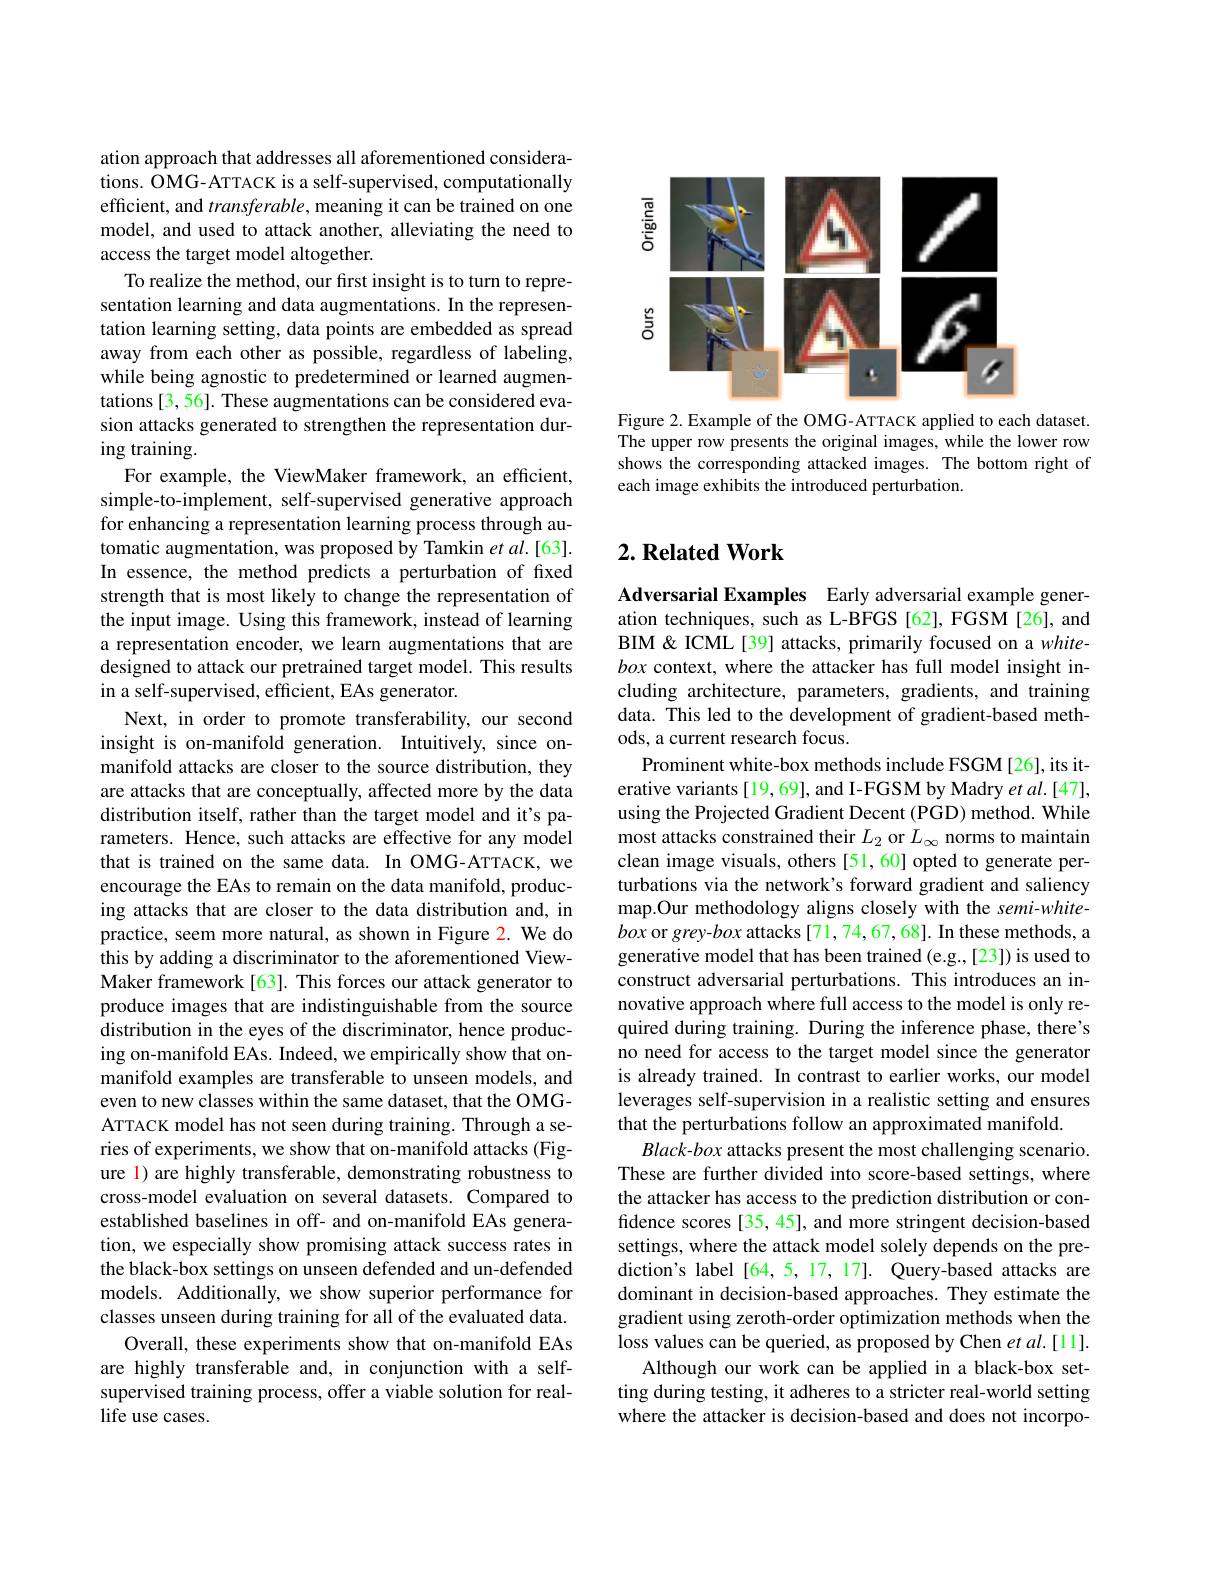
ation approach that addresses all aforementioned considerations. OMG-ATTACK is a self-supervised, computationally efficient, and $transferable$, meaning it can be trained on one model, and used to attack another, alleviating the need to access the target model altogether.
To realize the method, our first insight is to turn to representation learning and data augmentations. In the representation learning setting, data points are embedded as spread away from each other as possible, regardless of labeling, while being agnostic to predetermined or learned augmentations [3,56]. These augmentations can be considered evasion attacks generated to strengthen the representation during training
For example, the ViewMaker framework, an efficient, simple-to-implement, self-supervised generative approach for enhancing a representation learning process through automatic augmentation, was proposed by Tamkin et al.[63]. In essence, the method predicts a perturbation of fixed strength that is most likely to change the representation of the input image. Using this framework, instead of learning a representation encoder, we learn augmentations that are designed to attack our pretrained target model. This results in a self-supervised, efficient, EAs generator.
Next, in order to promote transferability, our second insight is on-manifold generation. Intuitively, since onmanifold attacks are closer to the source distribution, they are attacks that are conceptually, affected more by the data distribution itself, rather than the target model and it's parameters. Hence, such attacks are effective for any model that is trained on the same data. In OMG-ATTACK, we encourage the EAs to remain on the data manifold, producing attacks that are closer to the data distribution and, in practice, seem more natural, as shown in Figure 2. We do this by adding a discriminator to the aforementioned ViewMaker framework [63]. This forces our attack generator to produce images that are indistinguishable from the source distribution in the eyes of the discriminator, hence producing on-manifold EAs. Indeed, we empirically show that onmanifold examples are transferable to unseen models, and even to new classes within the same dataset, that the OMGATTACK model has not seen during training. Through a series of experiments, we show that on-manifold attacks (Figure l) are highly transferable, demonstrating robustness to cross-model evaluation on several datasets. Compared to established baselines in off- and on-manifold EAs generation, we especially show promising attack success rates in the black-box settings on unseen defended and un-defended models. Additionally, we show superior performance for classes unseen during training for all of the evaluated data.
Overall, these experiments show that on-manifold EAs are highly transferable and, in conjunction with a selfsupervised training process, offer a viable solution for reallife use cases.

<FigureHere>

Figure 2. Example of the OMG-ATTACK applied to each dataset. The upper row presents the original images, while the lower row shows the corresponding attacked images. The bottom right of each image exhibits the introduced perturbation.

## $2. \textbf{ Related Work}$

Adversarial Examples Early adversarial example generation techniques, such as L-BFGS [62], FGSM [26], and BIM& ICML[39] attacks, primarily focused on a whitebox context, where the attacker has full model insight including architecture, parameters, gradients, and training data. This led to the development of gradient-based methods, a current research focus.
Prominent white-box methods include FSGM[26], its iterative variants [19,69], and I-FGSM by Madry et al.[47], using the Projected Gradient Decent (PGD) method. While most attacks constrained their $L_2$ or $L_\infty$ norms to maintain clean image visuals, others [51,60] opted to generate perturbations via the network's forward gradient and saliency map.Our methodology aligns closely with the semi-whitebox or grey-box attacks [71,74,67,68]. In these methods, a generative model that has been trained (e.g.,[23]) is used to construct adversarial perturbations. This introduces an innovative approach where full access to the model is only required during training. During the inference phase, there's no need for access to the target model since the generator is already trained. In contrast to earlier works, our model leverages self-supervision in a realistic setting and ensures that the perturbations follow an approximated manifold.
$Black-box$ attacks present the most challenging scenario. These are further divided into score-based settings, where the attacker has access to the prediction distribution or confidence scores[35, 45], and more stringent decision-based settings, where the attack model solely depends on the prediction's label [64,5,17,17]. Query-based attacks are dominant in decision-based approaches. They estimate the gradient using zeroth-order optimization methods when the loss values can be queried, as proposed by Chen et $al.[11].$
Although our work can be applied in a black-box setting during testing, it adheres to a stricter real-world setting where the attacker is decision-based and does not incorpo-